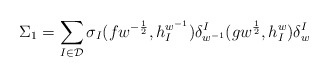
\begin{align*}\Sigma_{1}=\sum_{I\in\mathcal D}\sigma_{I}(fw^{-\frac12},h_{I}^{w^{-1}})\delta_{w^{-1}}^{I}(gw^{\frac12},h_{I}^{w})\delta_{w}^{I}\end{align*}